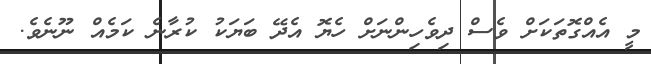
މީ އެއްގޮތަަކަށް ވެސް ދިވެހިންނަށް ހެޔޮ އެދޭ ބަޔަކު ކުރާނެ ކަމެއް ނޫނެވެ.